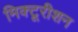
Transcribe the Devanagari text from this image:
मिक्टूरीशन